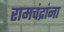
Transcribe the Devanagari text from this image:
रामचंद्रांना